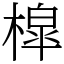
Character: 槹